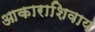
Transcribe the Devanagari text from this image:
आकाराशिवाय